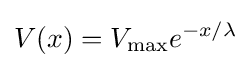
V(x)=V_{\max }e^{-x/\lambda }